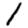
Digit: 1